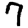
Digit: 7